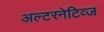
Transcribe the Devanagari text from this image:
अल्टरनेटिव्ज